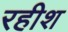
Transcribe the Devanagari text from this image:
रहीश